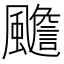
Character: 𲋉